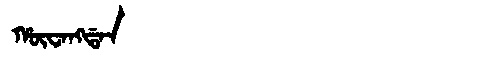
Manchu: ᡥᡡᠸᠠᠩᡩᠠᠨ
Romanization: HŪWANGDAN